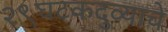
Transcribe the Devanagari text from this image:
२९घटकदुव्याचे